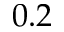
0 . 2